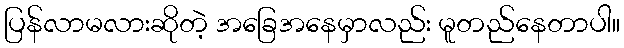
ပြန်လာမလားဆိုတဲ့ အခြေအနေမှာလည်း မူတည်နေတာပါ။